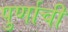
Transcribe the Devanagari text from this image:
पुर्णाची